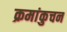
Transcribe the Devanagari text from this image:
क्रमांकुचन